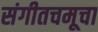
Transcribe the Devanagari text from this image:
संगीतचमूचा